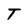
Character: T